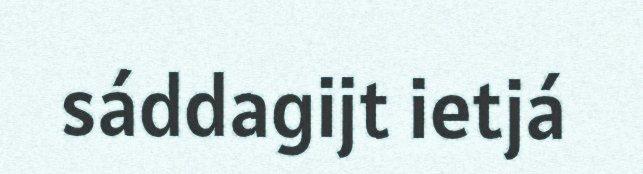
sáddagijt ietjá